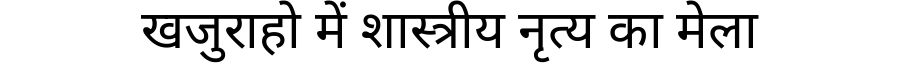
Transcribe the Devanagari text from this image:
खजुराहो में शास्त्रीय नृत्य का मेला